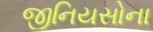
જીનિયસોના